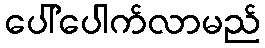
ပေါ်ပေါက်လာမည်